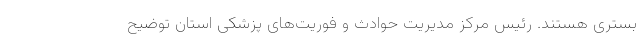
بستری هستند. رئیس مرکز مدیریت حوادث و فوریت‌های پزشکی استان توضیح